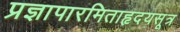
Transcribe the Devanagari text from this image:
प्रज्ञापारमिताहृदयसूत्र